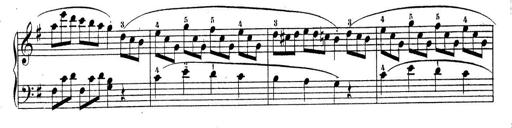
Title: Piano Sonatine No.2
Composer: Peter Piel
Key: G major